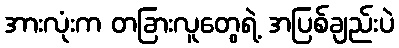
အားလုံးက တခြားလူတွေရဲ့ အပြစ်ချည်းပဲ